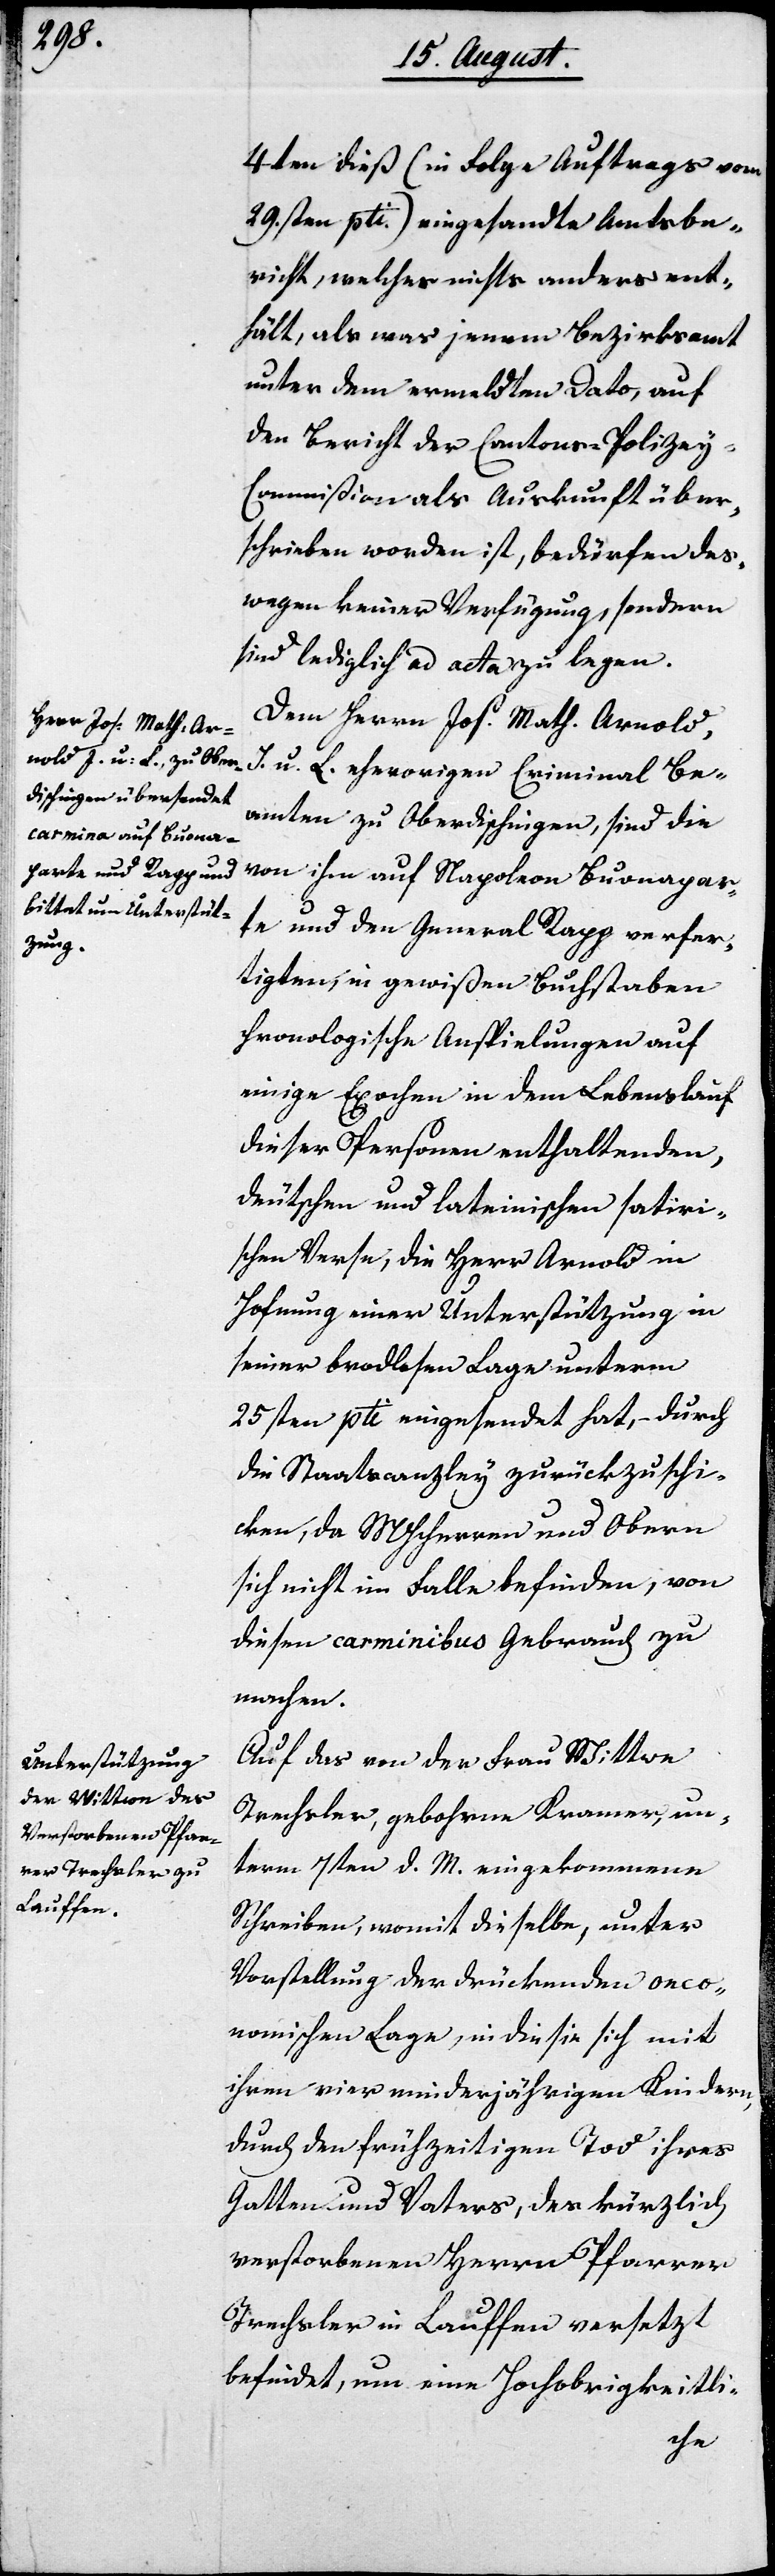
oeco¬

4ten dieß (in Folge Auftrags vom
29sten pti) eingesandte Amtsbe¬
richt, welcher nichts anderes ent¬
hält, als was jenem Bezirksamt
unter dem ermeldten Dato, auf
den Bericht der Cantons-Polizey-C¬
ommißion als Auskunft über¬
schrieben worden ist, bedürfen des¬
wegen keiner Verfügung, sondern
sind lediglich ad acta zu legen.
Dem Herrn Jos. Math. Arnold,
J. u. L. ehevorigen Criminal Be¬
amten zu Oberdischingen, sind die
von ihm auf Napoleon Buonapar¬
te und den General Rapp verfer¬
tigten, in gewißen Buchstaben
chronologische Anspielungen auf
einige Epochen in dem Lebenslauf
dieser Personen enthaltenden,
deutschen und lateinischen satiri¬
schen Verse, die Herr Arnold in
Hofnung einer Unterstützung in
seiner brodtlosen Lage unterm
25sten pti. eingesandt hat, – durch
die Staatscanzley zurückzuschi¬
cken, da MHHerren und Obern
sich nicht im Falle befinden, von
diesen carminibus Gebrauch zu
machen.
Auf das von der Frau Wittwe
Trachsler, gebohrne Kramer, un¬
term 7ten d. M. eingekommene
Schreiben, womit dieselbe, unter
nomischen Lage, in die sie sich mit
ihren minderjährigen Kindern,
seit dem frühzeitigen Tod ihres
Gatten und Vaters, des kürzlich
verstorbenen Herrn Pfarrer
Trachsler in Lauffen versetzt
befindet, um eine Hochobrigkeitli-